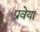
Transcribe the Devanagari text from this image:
प्रवेया